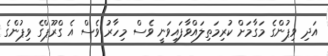
އަދި ވިޕުންގެ މަގާމަށް ކުރިމަތިލައްވާފައިވަނީ ވެސް މިހާރު ވެސް އެ ގްރޫޕްގެ ވިޕުންގެ